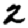
Digit: 2